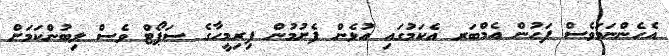
އެހެންނަމަވެސް ފަހުން އެމްބަރ އެކަމުގައި އުޅެން ފެށުމުން ފިރިމީހާގެ ސަޕޯޓް ވެސް ލިބުންކަމަށް